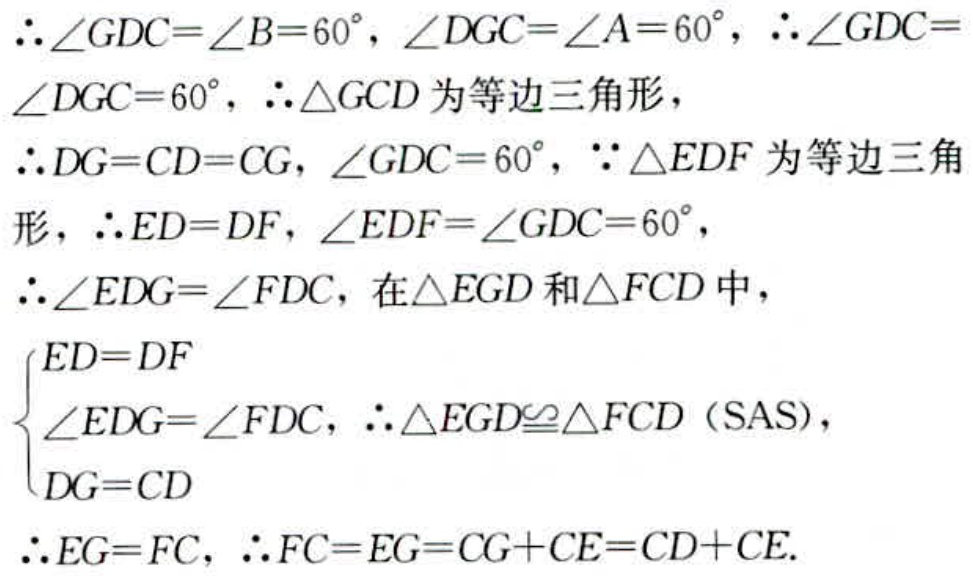
\(\therefore\angle GDC = \angle B = 60^{\circ}, \angle DGC=\angle A = 60^{\circ}, \therefore\angle GDC=\angle DGC = 60^{\circ}, \therefore\triangle GCD\text{ 为等边三角形},\\
\therefore DG = CD = CG, \angle GDC = 60^{\circ}, \because\triangle EDF\text{ 为等边三角形}, \therefore ED = DF, \angle EDF=\angle GDC = 60^{\circ},\\
\therefore\angle EDG=\angle FDC, \text{ 在}\triangle EGD\text{ 和}\triangle FCD\text{ 中},\\
\begin{cases}
ED = DF\\
\angle EDG=\angle FDC\\
DG = CD
\end{cases}, \therefore\triangle EGD\cong\triangle FCD\text{ (SAS)},\\
\therefore EG = FC, \therefore FC = EG=CG + CE=CD + CE.\)